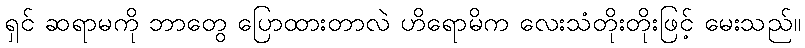
ရှင် ဆရာမကို ဘာတွေ ပြောထားတာလဲ ဟိရောမိက လေးသံတိုးတိုးဖြင့် မေးသည်။